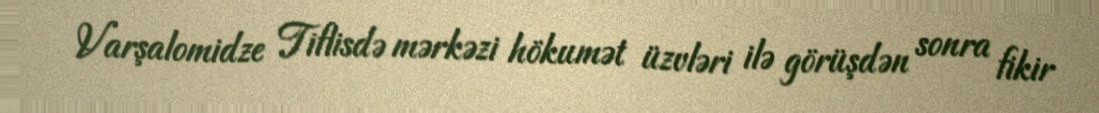
Varşalomidze Tiflisdə mərkəzi hökumət üzvləri ilə görüşdən sonra fikir